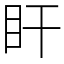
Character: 盰